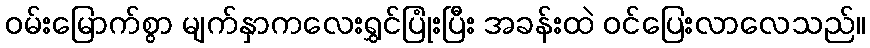
ဝမ်းမြောက်စွာ မျက်နှာကလေးရွှင်ပြုံးပြီး အခန်းထဲ ဝင်ပြေးလာလေသည်။